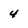
Character: 4